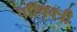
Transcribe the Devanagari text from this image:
परिवृक्त्री